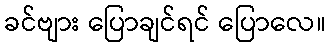
ခင်ဗျား ပြောချင်ရင် ပြောလေ။